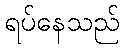
ရပ်နေသည်